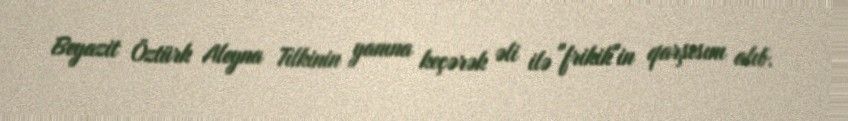
Beyazit Öztürk Aleyna Tilkinin yanına keçərək əli ilə "frikik"in qarşısını alıb.